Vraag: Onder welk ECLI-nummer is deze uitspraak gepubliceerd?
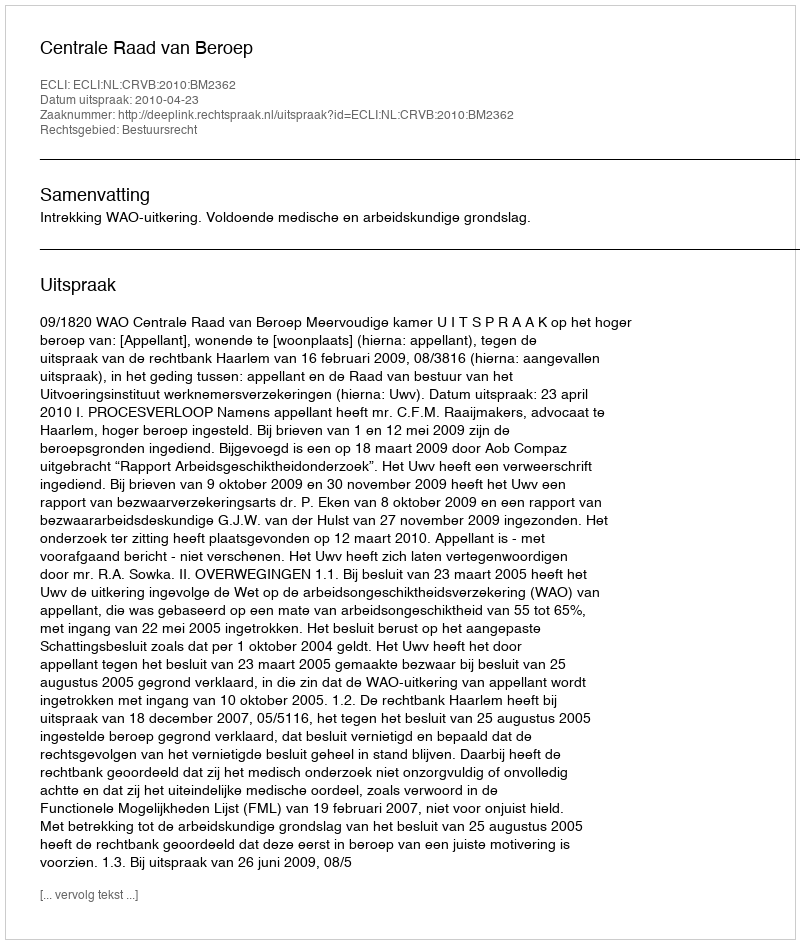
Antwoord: ECLI:NL:CRVB:2010:BM2362